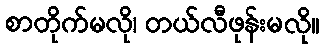
စာတိုက်မလို၊ တယ်လီဖုန်းမလို။